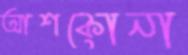
আশকোনা